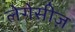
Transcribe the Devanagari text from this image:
लेगेसीज़